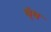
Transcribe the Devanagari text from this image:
ब्ंध